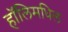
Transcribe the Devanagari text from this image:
हॉलिमधिल